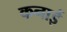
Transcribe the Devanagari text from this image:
कनाई